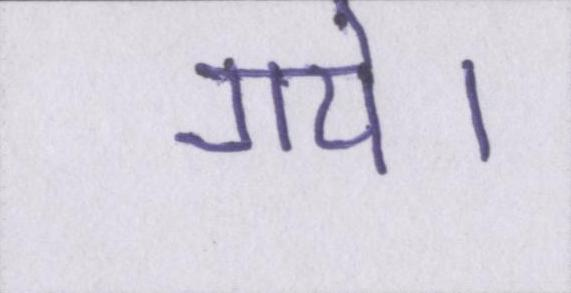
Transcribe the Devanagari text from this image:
गये।